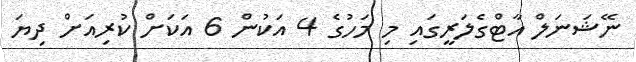
ނޭޝަނަލް އާޓްގެލަރީގައި މި މަހުގެ 4 އަކުން 6 އަކަށް ކުރިއަށް ދިޔަ